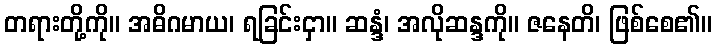
တရားတို့ကို။ အဓိဂမာယ၊ ရခြင်းငှာ။ ဆန္ဒံ၊ အလိုဆန္ဒကို။ ဇနေတိ၊ ဖြစ်စေ၏။